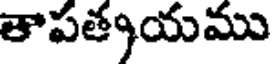
తాపత్కయము